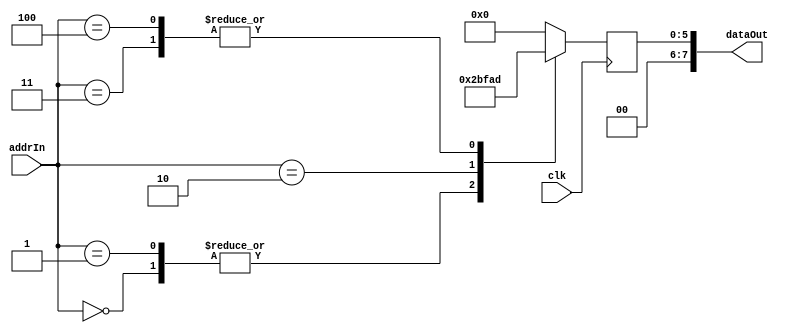
/*-----------------------------------\
|A ROM with a small brainfuck program|
|The program is ++>--                |
\-----------------------------------*/

module testRom2(
    input clk,
    input [3:0] addrIn,
    output reg [7:0] dataOut = 0
    );

    always @ (posedge clk)
        case (addrIn)
            4'h0 : dataOut = 8'h2B;
            4'h1 : dataOut = 8'h2B;
            4'h2 : dataOut = 8'h3E;
            4'h3 : dataOut = 8'h2D;
            4'h4 : dataOut = 8'h2D;
            default : dataOut = 8'h00;
        endcase

endmodule